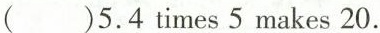
()5.4 times 5 makes 20.